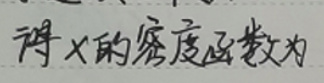
得 \(X\) 的密度函数为